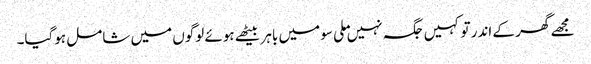
مجھے گھر کے اندر تو کہیں جگہ نہیں ملی سو میں باہر بیٹھے ہوئے لوگوں میں شامل ہوگیا۔